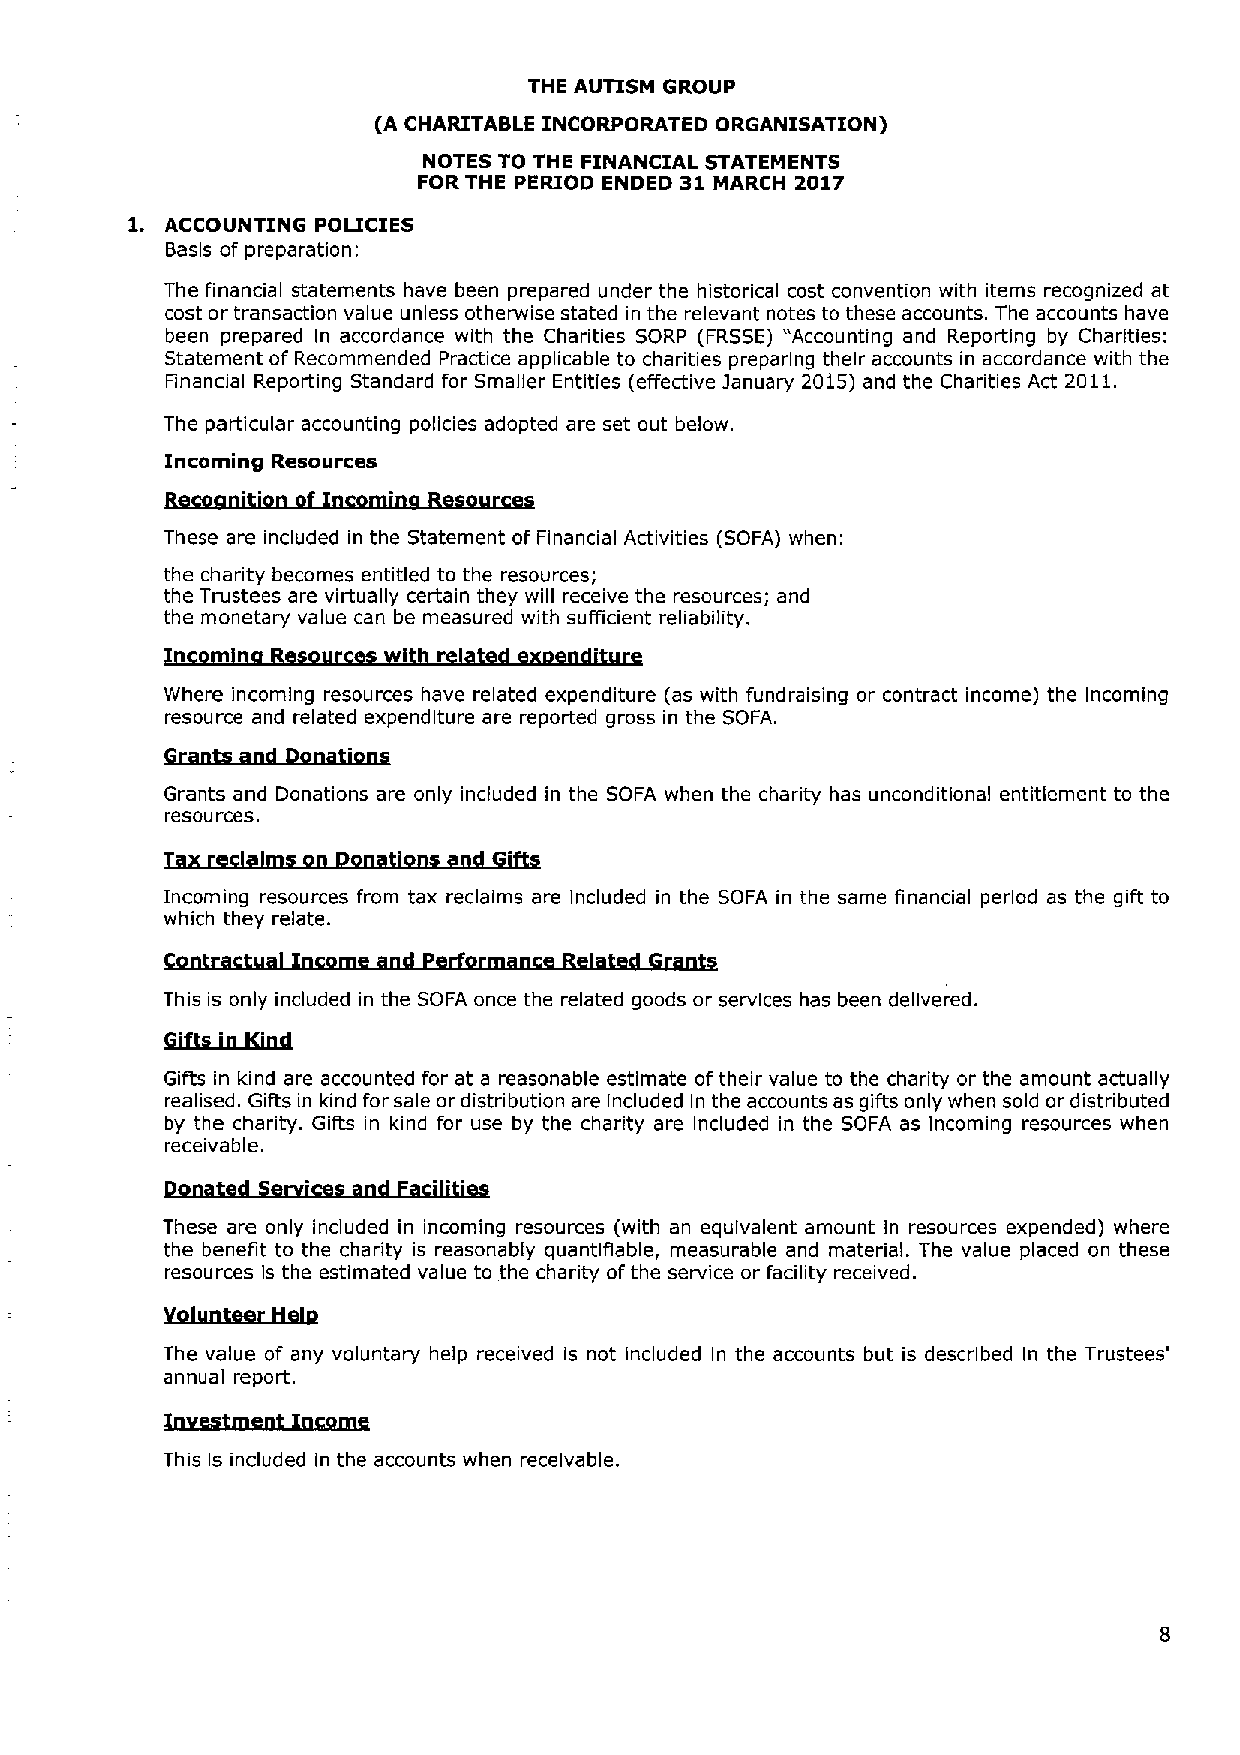
THE AUTISM GROUP
 (A CHARITABLE INCORPORATED ORGANISATION)
 NOTES TO THE FINANCIAL STATEMENTS
 FOR THE PERIOD ENDED 31 MARCH 2017
 1. ACCOUNTING POLICIES
 Basis of preparation:
 The financial statements have been prepared under the historical cost convention with items recognized at
 cost or transaction value unless otherwise stated in the relevant notes to these accounts. The accounts have
 been prepared In accordance with the Charities SORP (FRSSE) "Accounting and Reporting by Charities:
 Statement of Recommended Practice applicable to charities preparing their accounts in accordance with the
 Financial Reporting Standard for Smaller Entities (effective january 2015) and the Charities Act 2011.
 The particular accounting policies adopted are set out below.
 Incoming Resources
 These are included in the Statement of Financial Activities (SOFA) when:
 the charity becomes entitled to the resources;
 the Trustees are virtually certain they will receive the resources; and
 the monetary value can be measured with sufficient reliability.
 Where incoming resources have related expenditure (as with fundraising or contract income) the Incoming
 resource and related expenditure are reported gross in the SOFA.
 Grants and Donations are only included in the SOFA when the charity has unconditional entitlement to the
 resources.
 Incoming resources from tax reclaims are Included in the SOFA in the same financial period as the gIR to
 which they relate.
 This is only included in the SOFA once the related goods or services has been delivered.
 Sf
 tsioJQosl
 Gifts in kind are accounted for at a reasonable estimate oftheir value to the charity or the amount actually
 realised. Gifts in kind for sale or distribution are included In the accounts as gifts only when sold or distributed
 by the charity. Gifts in kind for use by the charity are Included in the SOFA as incoming resources when
 receivable.
 These are only included in incoming resources (with an equivalent amount In resources expended) where
 the benefit to the charity is reasonably quantifiable, measurable and material. The value placed on these
 resources ls the estimated value to the charity ofthe service or facility received.
 The value of any voluntary help received Is not Included In the accounts but is described In the Trustees'
 annual report.
 This Is included in the accounts when receivable.